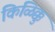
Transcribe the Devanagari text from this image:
किळिक्कु